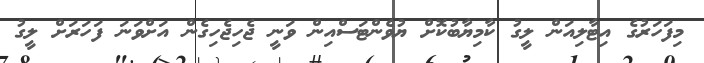
މިފަހަރުގެ އިޓާލިއަން ލީގު ކާމިޔާބުކޮށް ޔުވެންޓަސްއިން ވަނީ ޖެހިޖެހިގެން އަށްވަނަ ފަހަރަށް ލީގު